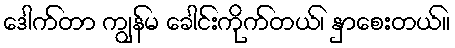
ဒေါက်တာ ကျွန်မ ခေါင်းကိုက်တယ်၊ နှာစေးတယ်။